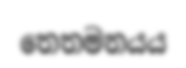
තෙතමනයය